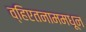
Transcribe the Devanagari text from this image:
व्हिएतनाममधून